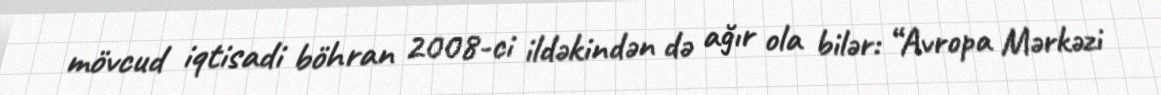
mövcud iqtisadi böhran 2008-ci ildəkindən də ağır ola bilər: “Avropa Mərkəzi